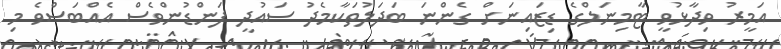
އަމީރު ވިދާޅުވީ ޓާމިނަލްގެ ޑިޒައިނަށް ގެންނަ ބަދަލުތަކާމެދު ސައުދީ ފަންޑުންވެސް އެއްބަސްވެ މި